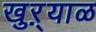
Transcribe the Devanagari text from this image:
खुऱ्‍याळ